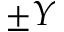
\pm Y